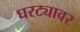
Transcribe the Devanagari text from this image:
घरट्यावर